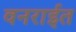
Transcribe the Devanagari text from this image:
वनराईत